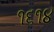
૧૬૧૪